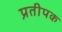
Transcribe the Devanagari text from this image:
प्रतीपक